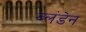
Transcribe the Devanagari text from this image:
ब्लंडेन